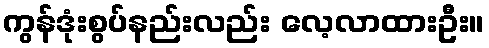
ကွန်ဒုံးစွပ်နည်းလည်း လေ့လာထားဦး။